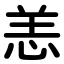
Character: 恙